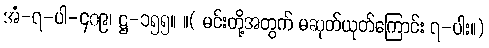
အံ-၇-ပါ-၄၀၉၊ ဋ္ဌ-၁၅၅။ ။( မင်းတို့အတွက် မဆုတ်ယုတ်ကြောင်း ၇-ပါး။)